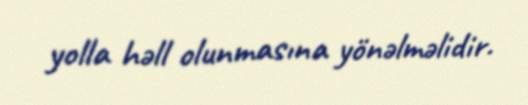
yolla həll olunmasına yönəlməlidir.